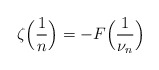
\begin{align*}\zeta\Big(\frac{1}{n}\Big)= - F\Big(\frac{1}{\nu_n}\Big)\end{align*}